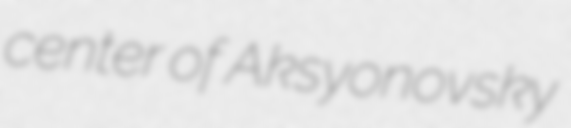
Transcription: center of Aksyonovsky